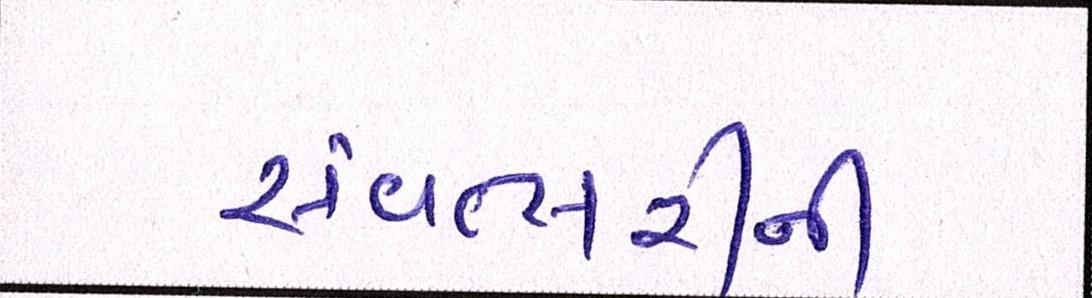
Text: સંવત્સરીની